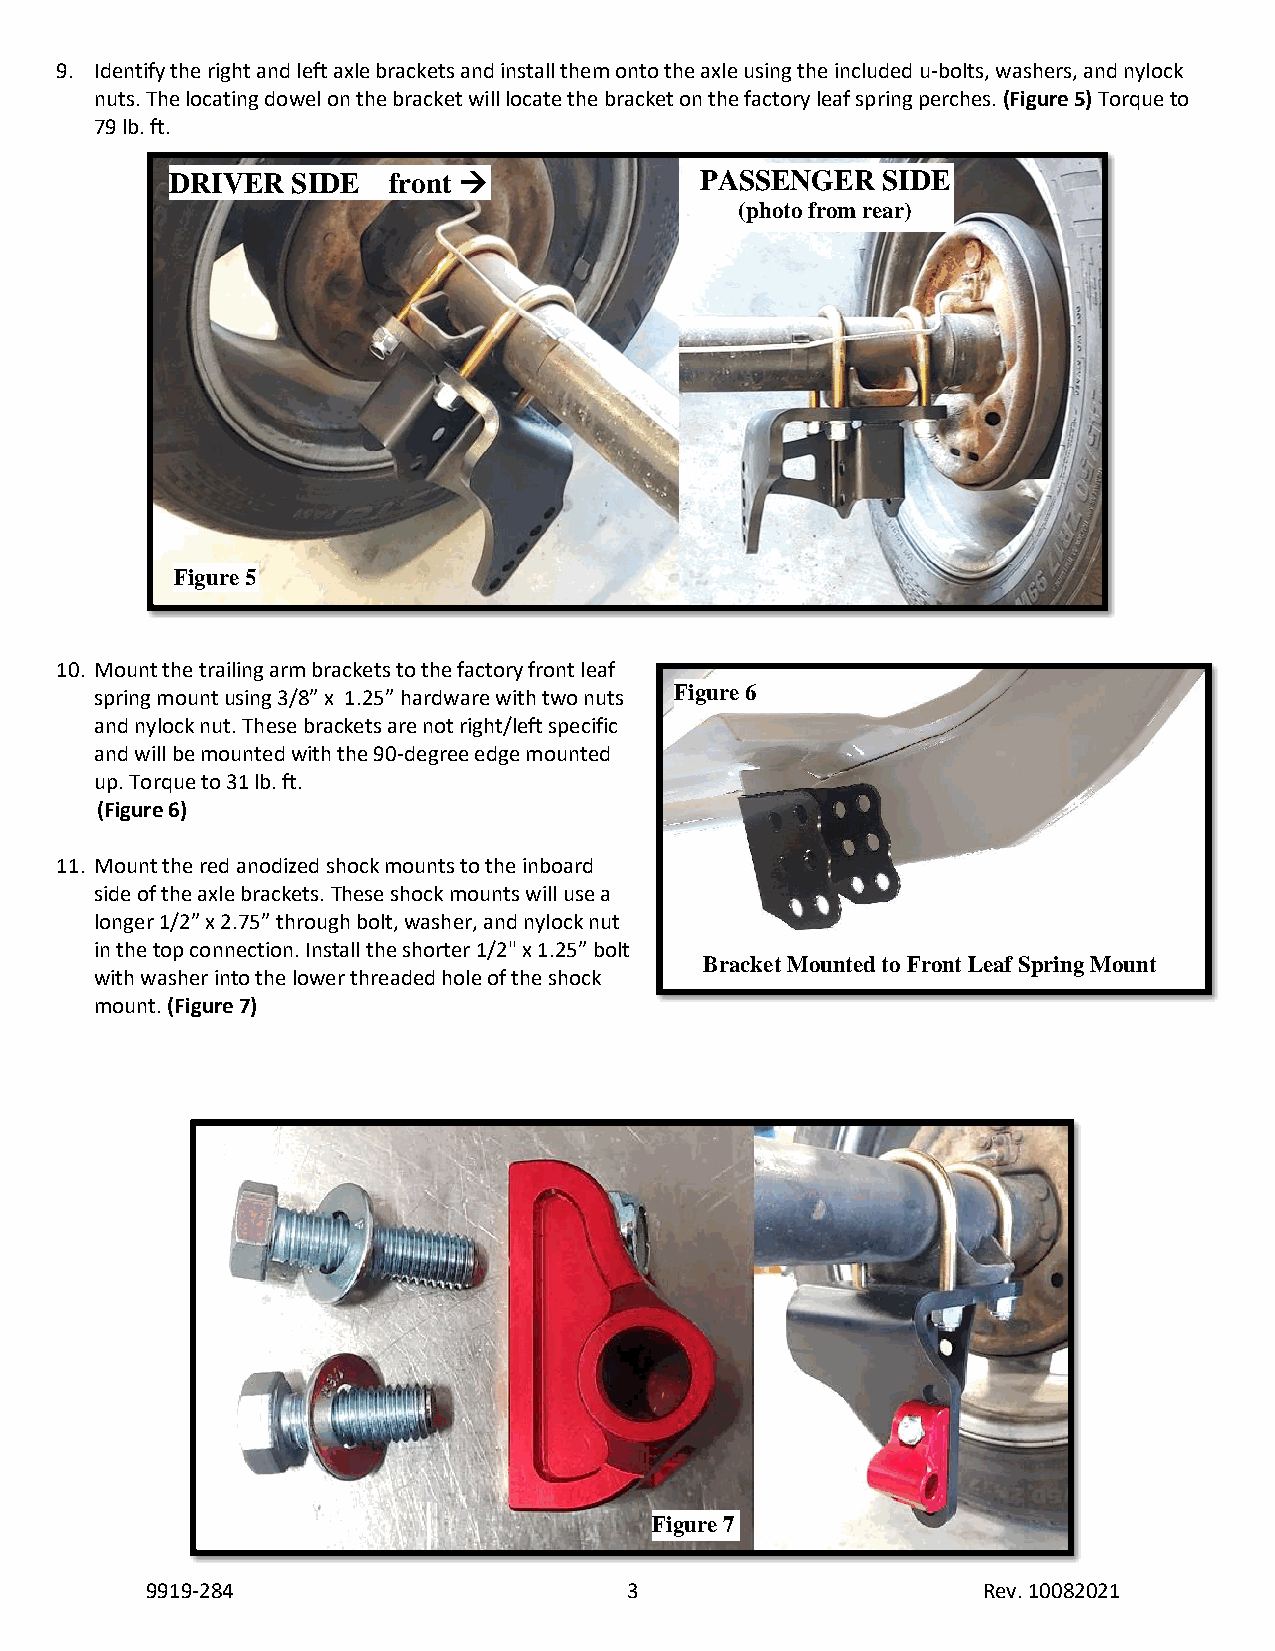
9. Identify the right and left axle brackets and install them onto the axle using the included u-bolts, washers, and nylock
 nuts. The locating dowel on the bracket will locate the bracket on the factory leaf spring perches. (Figure 5) Torque to
 79 lb. ft.
 DRIVER  SIDE   front →             PASSENGER   SIDE
 (photo from rear)
 Figure 5
 10. Mount the trailing arm brackets to the factory front leaf
 spring mount using 3/8” x 1.25” hardware with two nuts Figure 6
 and nylock nut. These brackets are not right/left specific
 and will be mounted with the 90-degree edge mounted
 up. Torque to 31 lb. ft.
 (Figure 6)
 11. Mount the red anodized shock mounts to the inboard
 side of the axle brackets. These shock mounts will use a
 longer 1/2” x 2.75” through bolt, washer, and nylock nut
 in the top connection. Install the shorter 1/2" x 1.25” bolt
 Bracket Mounted to Front Leaf Spring Mount
 with washer into the lower threaded hole of the shock
 mount. (Figure 7)
 Figure 7
 9919-284                        3                      Rev. 10082021